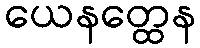
ယေနတ္ထေန